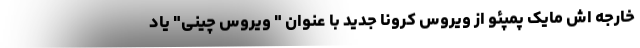
خارجه اش مایک پمپئو از ویروس کرونا جدید با عنوان " ویروس چینی" یاد